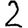
Digit: 2